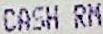
CASH RM